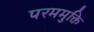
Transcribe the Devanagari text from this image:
परममुक्ति